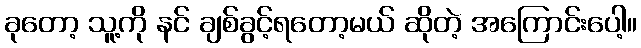
ခုတော့ သူ့ကို နင် ချစ်ခွင့်ရတော့မယ် ဆိုတဲ့ အကြောင်းပေါ့။